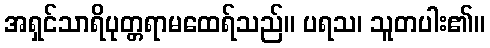
အရှင်သာရိပုတ္တရာမထေရ်သည်။ ပရသ၊ သူတပါး၏။